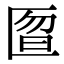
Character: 匫